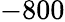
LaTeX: -800